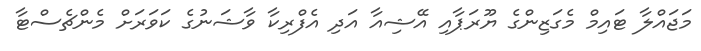
މަޖައްލާ ޓައިމް މެގަޒިންގެ ޔޫރަޕާއި އޭޝިއާ އަދި އެފްރިކާ ވާޝަނުގެ ކަވަރަށް މެންޗެސްޓާ